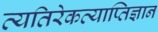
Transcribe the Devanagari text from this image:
व्यतिरेकव्याप्तिज्ञान